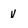
Character: v